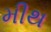
મીથ